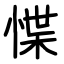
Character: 惵